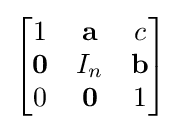
{\begin{bmatrix}1&\mathbf {a} &c\\\mathbf {0} &I_{n}&\mathbf {b} \\0&\mathbf {0} &1\end{bmatrix}}